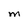
Character: M